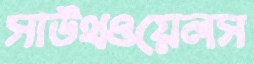
সাউথওয়েলস